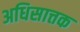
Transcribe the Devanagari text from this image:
अधिसात्तक